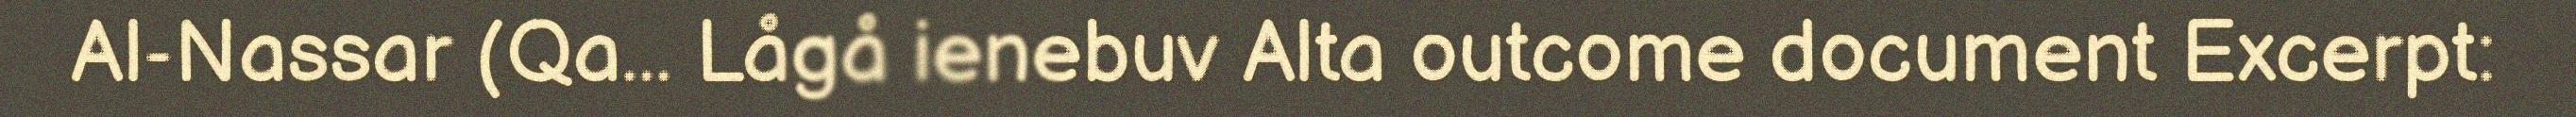
Al-Nassar (Qa... Lågå ienebuv Alta outcome document Excerpt: